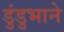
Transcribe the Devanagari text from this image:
डुंडुभाने